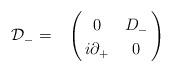
LaTeX: \begin{align*}{\cal D}_{-} = \bordermatrix{ & {\ } & {\ } \cr {\ } & 0 & D_{-} \cr {\ } & i\partial_{+} & 0 \cr}\end{align*}